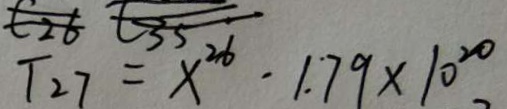
T _ { 2 7 } = x ^ { 2 6 } \cdot 1 . 7 9 \times 1 0 ^ { 2 0 }